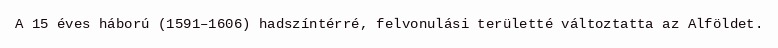
A 15 éves háború (1591–1606) hadszíntérré, felvonulási területté változtatta az Alföldet.